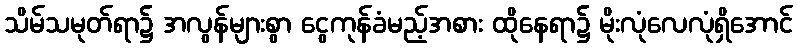
သိမ်သမုတ်ရာ၌ အလွန်များစွာ ငွေကုန်ခံမည့်အစား ထိုနေရာ၌ မိုးလုံလေလုံရှိအောင်